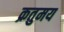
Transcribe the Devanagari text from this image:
क्रतुमय